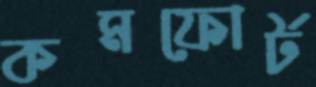
কমফোর্ট